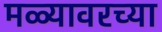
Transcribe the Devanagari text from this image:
मळ्यावरच्या